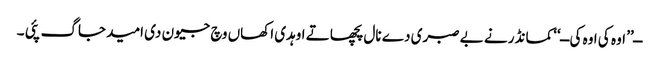
ــ’’ اوہ کی اوہ کی ــ‘‘ کمانڈر نے بے صبری دے نال پچھا تے اوہدی اکھاں وچ جیون دی امید جاگ پئی ۔